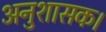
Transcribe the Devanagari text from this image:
अनुशासक।